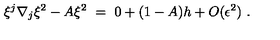
\xi ^ { j } \nabla _ { j } \xi ^ { 2 } - A \xi ^ { 2 } \ = \ 0 + ( 1 - A ) h + O ( \epsilon ^ { 2 } ) \ .